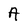
Character: A